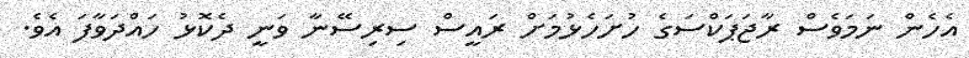
އެހެން ނަމަވެސް ރާޖަޕަކްސަގެ ހުށަހެޅުމަށް ރައީސް ސިރިސޭނާ ވަނީ ދެކޮޅު ހައްދަވާފަ އެވެ.